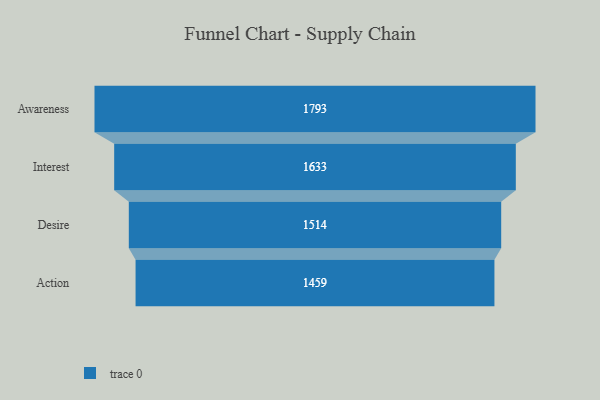
{"axis": {"x": "Stage", "y": "Value"}, "legend": [""], "data": [{"x": "Awareness", "y": 1793.0, "type": ""}, {"x": "Interest", "y": 1633.0, "type": ""}, {"x": "Desire", "y": 1514.0, "type": ""}, {"x": "Action", "y": 1459.0, "type": ""}]}